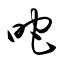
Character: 咜